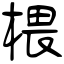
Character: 椳